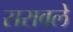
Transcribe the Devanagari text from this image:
सरावले